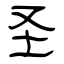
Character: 圣